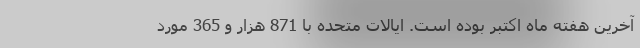
آخرین هفته ماه اکتبر بوده است. ایالات متحده با 871 هزار و 365 مورد